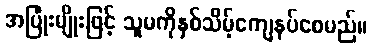
အပြုံးမျိုးဖြင့် သူမကိုနှစ်သိမ့်ကျေနပ်စေမည်။